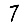
Digit: 7